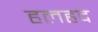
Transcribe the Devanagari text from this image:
हलहद